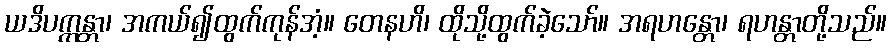
ယဒိပက္ကန္တာ၊ အကယ်၍ထွက်ကုန်အံ့။ တေနဟိ၊ ထိုသို့ထွက်ခဲ့သော်။ အရဟန္တော၊ ရဟန္တာတို့သည်။